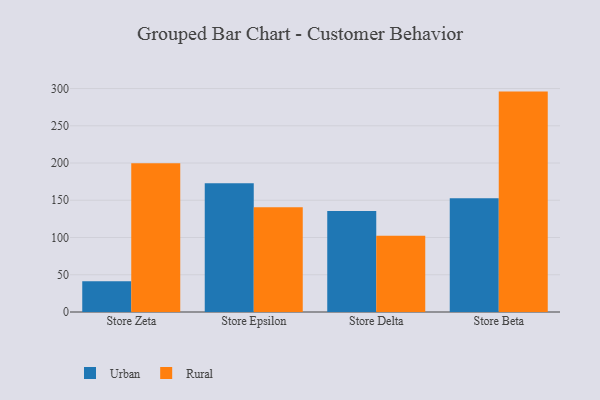
{"axis": {"x": "Store", "y": "Gross Profit (USD K)"}, "legend": ["Rural", "Urban"], "data": [{"x": "Store Zeta", "y": 41.3, "type": "Urban"}, {"x": "Store Zeta", "y": 199.7, "type": "Rural"}, {"x": "Store Epsilon", "y": 172.7, "type": "Urban"}, {"x": "Store Epsilon", "y": 140.8, "type": "Rural"}, {"x": "Store Delta", "y": 135.7, "type": "Urban"}, {"x": "Store Delta", "y": 102.5, "type": "Rural"}, {"x": "Store Beta", "y": 152.8, "type": "Urban"}, {"x": "Store Beta", "y": 295.9, "type": "Rural"}]}